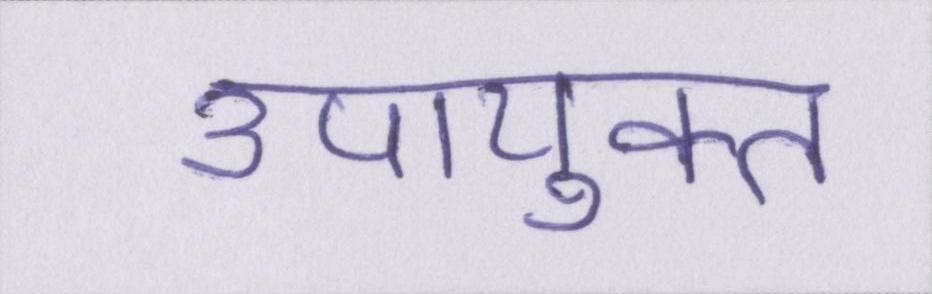
उपायुक्त